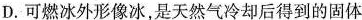
D.可燃冰外形像冰，是天然气冷却后得到的固体